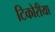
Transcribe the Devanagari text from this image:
टिकोरीया